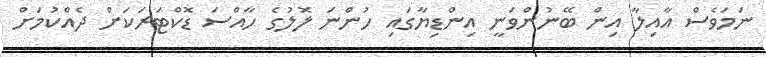
ނަމަވެސް އާއިލާ އިން ބޭނުންވަނީ އިންޑިޔާގައި ހުންނަ ލޮލުގެ ހާއްސަ ޑޮކްޓަރަކަށް ދެއްކުމަށް